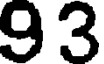
93